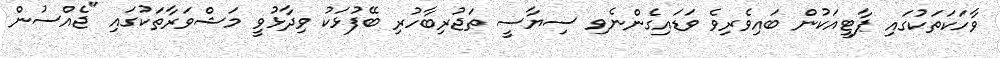
ވާހަކަތަކުގައި ޕާޓީއަކުން ބައިވެރިވެ ވަޑައިގެންނެވި ސިޔާސީ ތަޖުރިބާހުރި ބޭފުޅަކު ވިދާޅުވީ މަޝްވަރާތަކުގައި "ޖެއްސުން